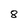
Character: 8